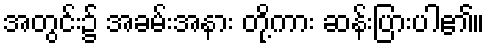
အတွင်း၌ အခမ်းအနား တို့ကား ဆန်းပြားပါ၏။